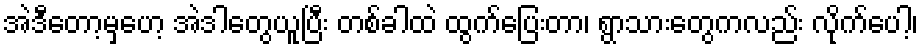
အဲဒီတော့မှဟေ့ အဲဒါတွေယူပြီး တစ်ခါထဲ ထွက်ပြေးတာ၊ ရွာသားတွေကလည်း လိုက်ပေါ့၊